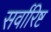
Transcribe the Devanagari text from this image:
सर्वारिष्ट